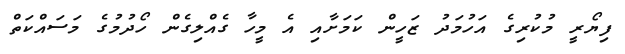
ފިޔޯރީ މުކުރިގެ އަހުމަދު ޒަހީން ކަމަށާއި އެ މީހާ ގެއްލިގެން ހޯދުމުގެ މަސައްކަތް